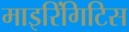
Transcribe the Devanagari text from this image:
माइरिंगिटिस